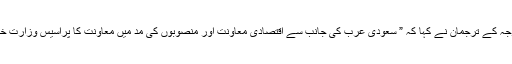
سفارتخانے کے مدارس کو فنڈنگ کے حوالے سے دعویٰ کی ڈھکی چھپی تردید کرتے ہوئے دفتر خارجہ کے ترجمان نے کہا کہ ” سعودی عرب کی جانب سے اقتصادی معاونت اور منصوبوں کی مد میں معاونت کا پراسیس وزارت خارجہ کی جانب سے متعلقہ محکموں اور حکومت پاکستان کے اداروں کی مشاورت کے ساتھ ہوتا ہے”۔